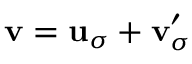
{ \bf v } = { \bf u } _ { \sigma } + { \bf v } _ { \sigma } ^ { \prime }